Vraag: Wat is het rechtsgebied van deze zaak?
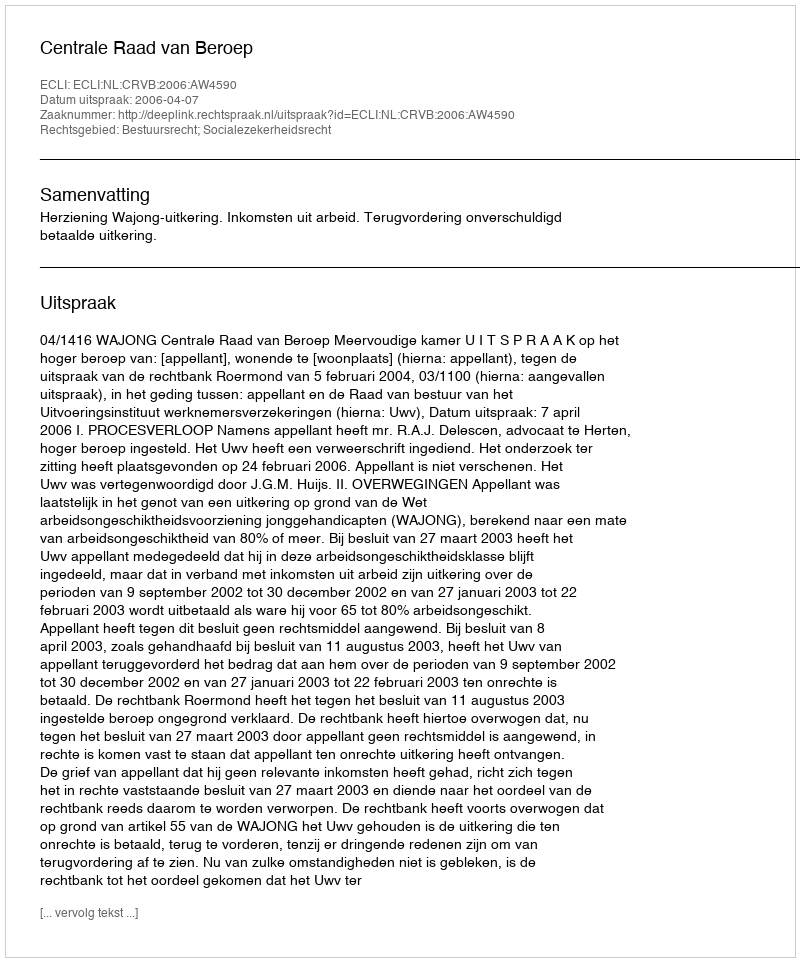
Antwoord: Bestuursrecht; Socialezekerheidsrecht